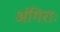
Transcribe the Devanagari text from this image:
अंगिराः